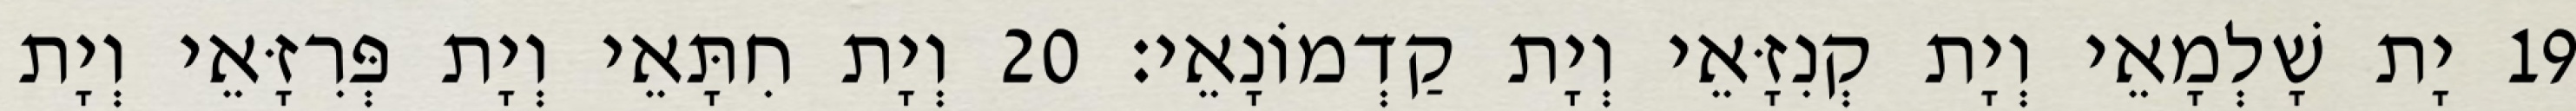
19 יָת שָׁלְמָאֵי וְיָת קְנִזָּאֵי וְיָת קַדְמוֹנָאֵי׃ 20 וְיָת חִתָּאֵי וְיָת פְּרִזָּאֵי וְיָת